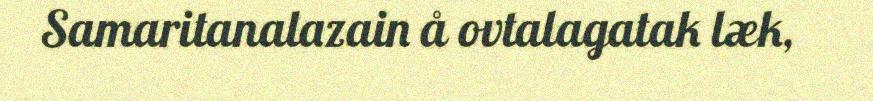
Samaritanalazain å ovtalagatak læk,